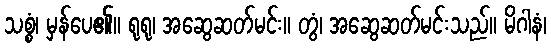
သစ္စံ၊ မှန်ပေ၏။ ရုရု၊ အဆွေဆတ်မင်း။ တွံ၊ အဆွေဆတ်မင်းသည်။ မိဂါနံ၊